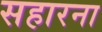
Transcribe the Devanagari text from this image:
सहारना